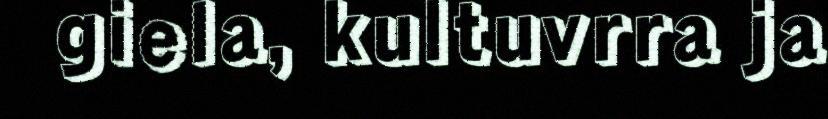
giela, kultuvrra ja